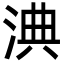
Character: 淟